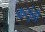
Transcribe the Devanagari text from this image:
कसुंडी